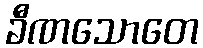
ခီဏသောတေ